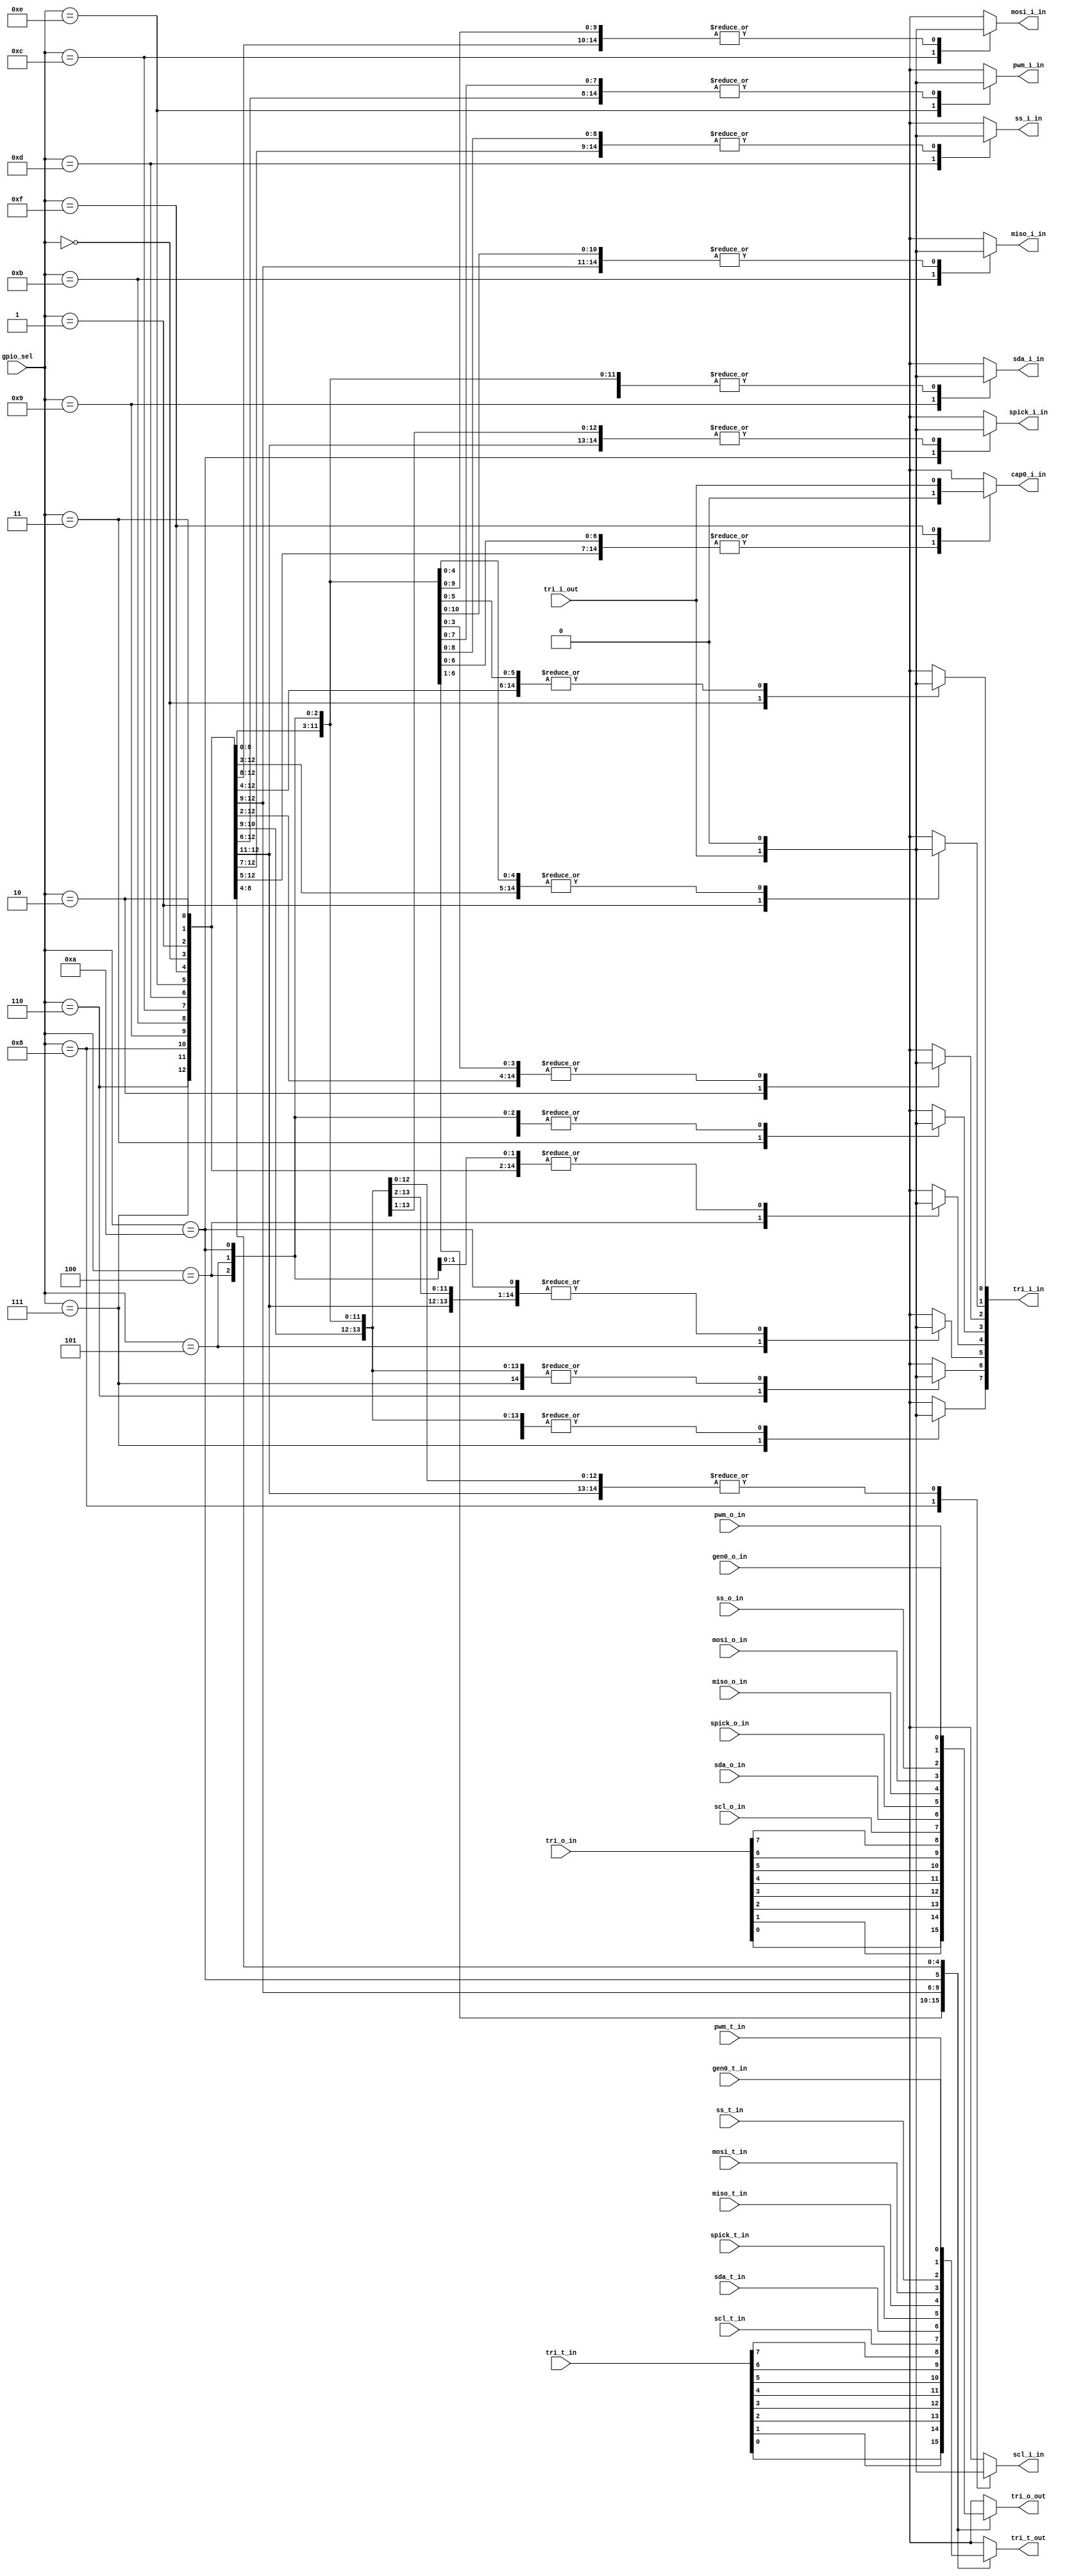
module switch_bit(
    input wire [3:0] gpio_sel,
    output wire [7:0] tri_i_in,
    input wire [7:0] tri_o_in,
    input wire [7:0] tri_t_in,
    input wire tri_i_out,
    output reg tri_o_out,
    output reg tri_t_out,
    output wire  pwm_i_in,
    input wire  pwm_o_in,
    input wire  pwm_t_in,
    output wire  cap0_i_in,
    input wire  gen0_o_in,
    input wire  gen0_t_in,
    output wire  spick_i_in,
    input wire  spick_o_in,
    input wire  spick_t_in,
    output wire  miso_i_in,
    input wire  miso_o_in,
    input wire  miso_t_in,
    output wire  mosi_i_in,
    input wire  mosi_o_in,
    input wire  mosi_t_in,
    output wire  ss_i_in,
    input wire  ss_o_in,
    input wire  ss_t_in,
    output wire  sda_i_in,
    input wire  sda_o_in,
    input wire  sda_t_in,
    output wire  scl_i_in,
    input wire  scl_o_in,
    input wire  scl_t_in
    );
    
    reg [15:0] tri_i_out_demux;
    assign {cap0_i_in,pwm_i_in,ss_i_in,mosi_i_in,miso_i_in,spick_i_in,sda_i_in,scl_i_in,tri_i_in} = tri_i_out_demux;

    always @(gpio_sel, tri_o_in, scl_o_in, sda_o_in, spick_o_in, miso_o_in, mosi_o_in, ss_o_in, pwm_o_in, gen0_o_in)
       case (gpio_sel)
          4'h0: tri_o_out = tri_o_in[0];
          4'h1: tri_o_out = tri_o_in[1];
          4'h2: tri_o_out = tri_o_in[2];
          4'h3: tri_o_out = tri_o_in[3];
          4'h4: tri_o_out = tri_o_in[4];
          4'h5: tri_o_out = tri_o_in[5];
          4'h6: tri_o_out = tri_o_in[6];
          4'h7: tri_o_out = tri_o_in[7];
          4'h8: tri_o_out = scl_o_in;
          4'h9: tri_o_out = sda_o_in;
          4'hA: tri_o_out = spick_o_in;
          4'hB: tri_o_out = miso_o_in;
          4'hC: tri_o_out = mosi_o_in;
          4'hD: tri_o_out = ss_o_in;
          4'hE: tri_o_out = pwm_o_in;
          4'hF: tri_o_out = gen0_o_in;
          default: tri_o_out = 1'b0;
       endcase

    always @(gpio_sel, tri_i_out)
    begin
       tri_i_out_demux = {16{1'b0}};
       case (gpio_sel)
          4'h0: tri_i_out_demux[0] = tri_i_out;
          4'h1: tri_i_out_demux[1] = tri_i_out;
          4'h2: tri_i_out_demux[2] = tri_i_out;
          4'h3: tri_i_out_demux[3] = tri_i_out;
          4'h4: tri_i_out_demux[4] = tri_i_out;
          4'h5: tri_i_out_demux[5] = tri_i_out;
          4'h6: tri_i_out_demux[6] = tri_i_out;
          4'h7: tri_i_out_demux[7] = tri_i_out;
          4'h8: tri_i_out_demux[8] = tri_i_out;
          4'h9: tri_i_out_demux[9] = tri_i_out;
          4'hA: tri_i_out_demux[10] = tri_i_out;
          4'hB: tri_i_out_demux[11] = tri_i_out;
          4'hC: tri_i_out_demux[12] = tri_i_out;
          4'hD: tri_i_out_demux[13] = tri_i_out;
          4'hE: tri_i_out_demux[14] = tri_i_out;
          4'hF: tri_i_out_demux[15] = tri_i_out;
       endcase
    end

    always @(gpio_sel, tri_t_in, scl_t_in, sda_t_in, spick_t_in, miso_t_in, mosi_t_in, ss_t_in, pwm_t_in, gen0_t_in)
       case (gpio_sel)
          4'h0: tri_t_out = tri_t_in[0];
          4'h1: tri_t_out = tri_t_in[1];
          4'h2: tri_t_out = tri_t_in[2];
          4'h3: tri_t_out = tri_t_in[3];
          4'h4: tri_t_out = tri_t_in[4];
          4'h5: tri_t_out = tri_t_in[5];
          4'h6: tri_t_out = tri_t_in[6];
          4'h7: tri_t_out = tri_t_in[7];
          4'h8: tri_t_out = scl_t_in;
          4'h9: tri_t_out = sda_t_in;
          4'hA: tri_t_out = spick_t_in;
          4'hB: tri_t_out = miso_t_in;
          4'hC: tri_t_out = mosi_t_in;
          4'hD: tri_t_out = ss_t_in;
          4'hE: tri_t_out = pwm_t_in;
          4'hF: tri_t_out = gen0_t_in;
          default: tri_t_out = 1'b0;
       endcase

endmodule